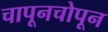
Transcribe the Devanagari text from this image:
चापूनचोपून